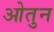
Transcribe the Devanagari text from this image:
ओतुन